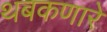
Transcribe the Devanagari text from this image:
थबकणारे